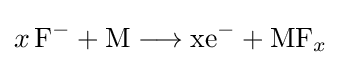
{x\,\mathrm {F} {\vphantom {A}}^{-}{}+{}\mathrm {M} {}\mathrel {\longrightarrow } {}\mathrm {xe} {\vphantom {A}}^{-}{}+{}\mathrm {MF} {\vphantom {A}}_{\smash[{t}]{x}}}